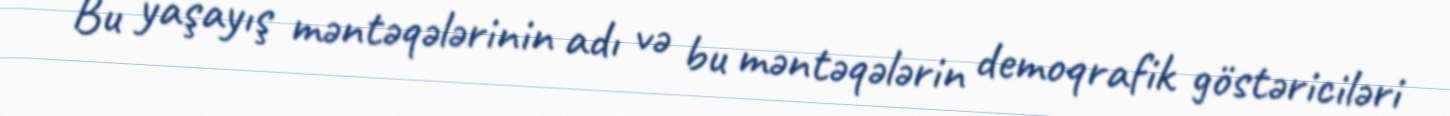
Bu yaşayış məntəqələrinin adı və bu məntəqələrin demoqrafik göstəriciləri